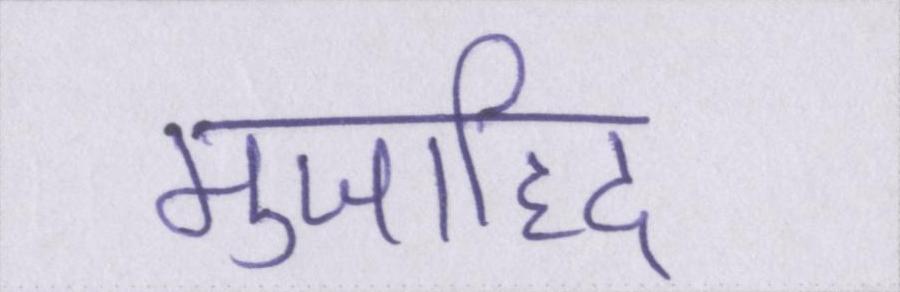
मुजाहिद